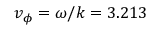
v _ { \phi } = \omega / k = 3 . 2 1 3